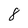
Character: 8